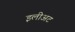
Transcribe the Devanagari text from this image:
इलीअट